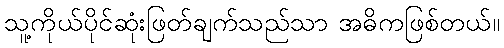
သူ့ကိုယ်ပိုင်ဆုံးဖြတ်ချက်သည်သာ အဓိကဖြစ်တယ်။